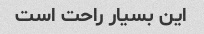
این بسیار راحت است